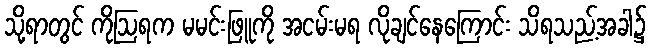
သို့ရာတွင် ကိုဩရက မမင်းဖြူကို အငမ်းမရ လိုချင်နေကြောင်း သိရသည့်အခါ၌